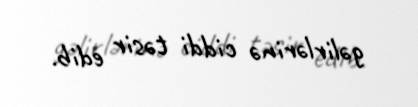
gəlirlərinə ciddi təsir edib.